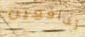
تدافعين